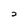
Character: 2